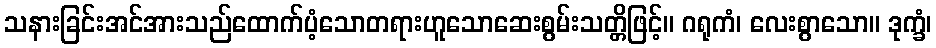
သနားခြင်းအင်အားသည်ထောက်ပံ့သောတရားဟူသောဆေးစွမ်းသတ္တိဖြင့်။ ဂရုကံ၊ လေးစွာသော။ ဒုက္ခံ၊